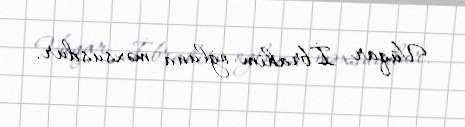
Vüqar İbrahim oğluna məxsusdur.